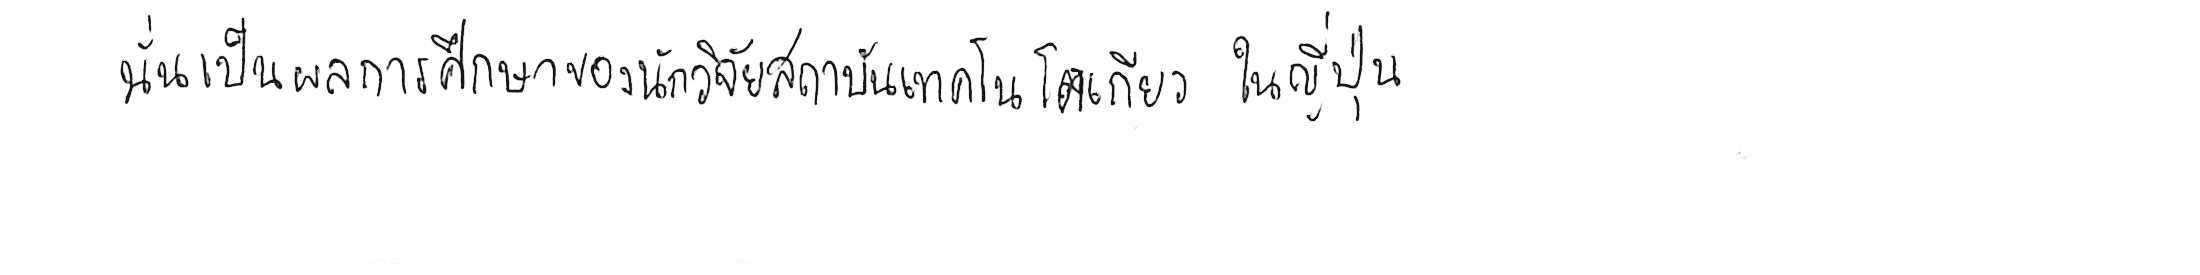
นั่นเป็นผลการศึกษาของนักวิจัยสถาบันเทคโนโลยีโตเกียว ในญี่ปุ่น